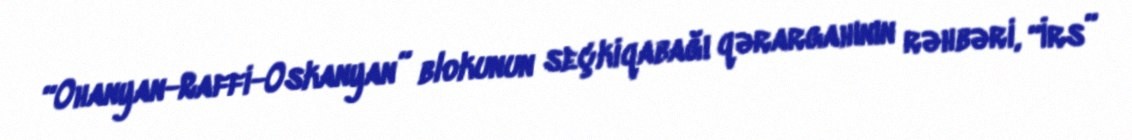
“Ohanyan-Raffi-Oskanyan” blokunun seçkiqabağı qərargahının rəhbəri, “İrs”